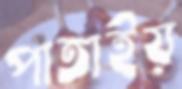
পাতাইয়